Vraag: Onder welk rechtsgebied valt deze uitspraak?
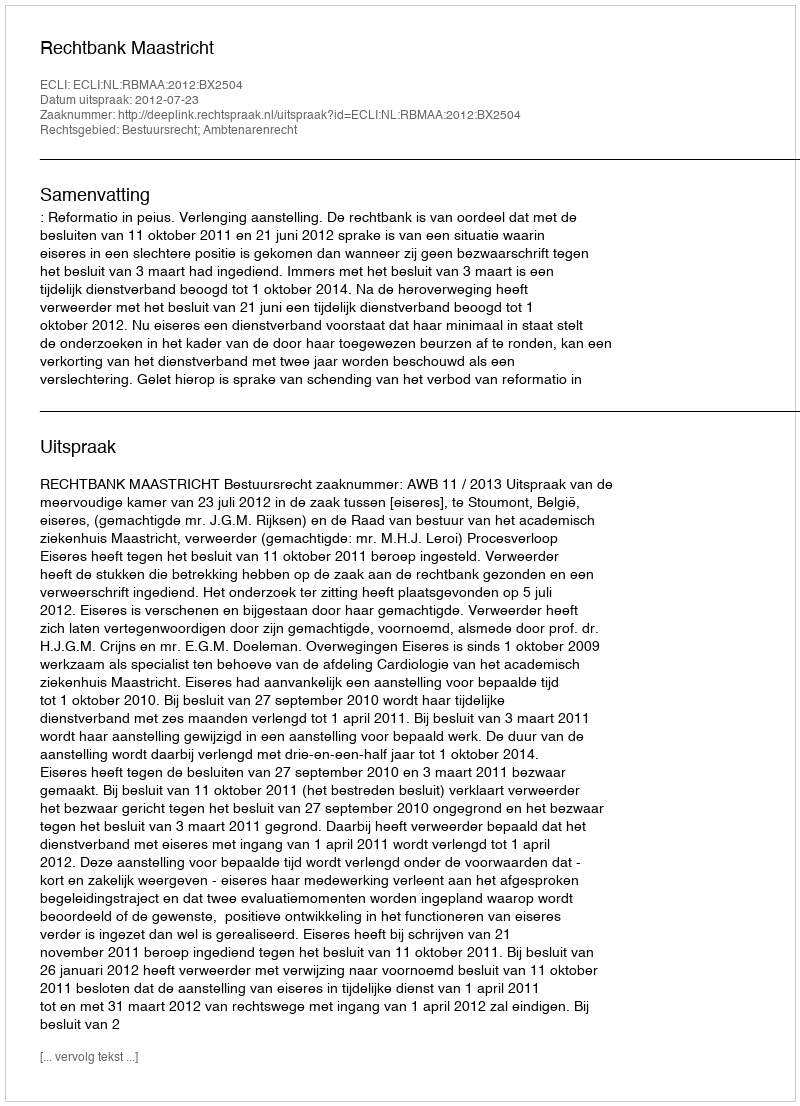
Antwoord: Bestuursrecht; Ambtenarenrecht